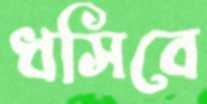
ধসিবে